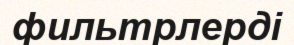
фильтрлерді